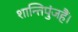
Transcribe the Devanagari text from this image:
शान्तिपुंजहैं।